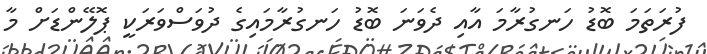
ފުރަތަމަ ބޮޑު ހަނގުރާމަ އާއި ދެވަނަ ބޮޑު ހަނގުރާމައިގެ ދުވަސްވަރަކީ ޕޮލޭންޑަށް މާ